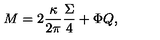
M = 2 \frac { \kappa } { 2 \pi } \frac { \Sigma } { 4 } + \Phi Q ,